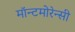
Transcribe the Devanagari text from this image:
मॉन्टमोरेन्सी